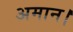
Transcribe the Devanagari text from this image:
अमान।